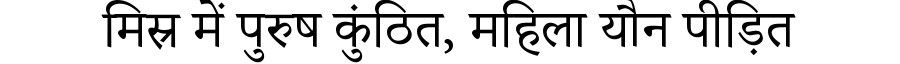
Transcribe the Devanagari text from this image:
मिस्र में पुरुष कुंठित, महिला यौन पीड़ित